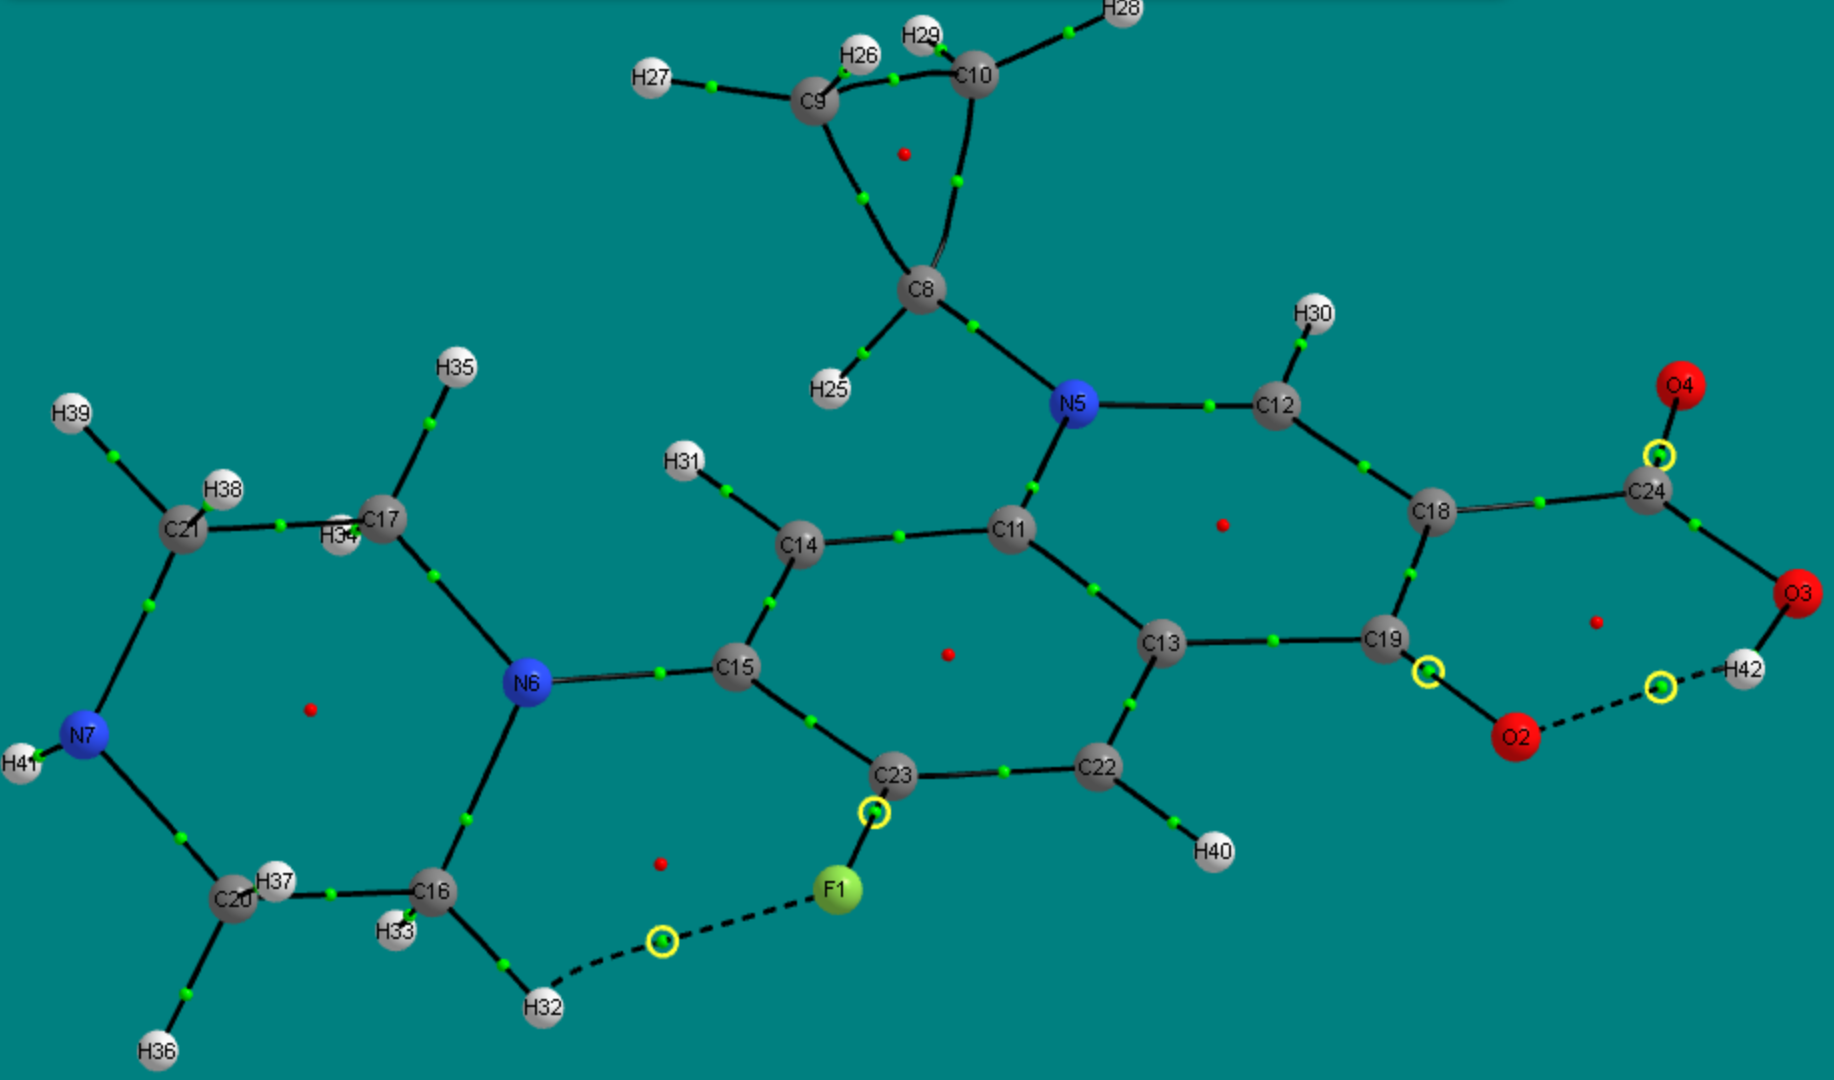
aimaii, QTAIM,critical points